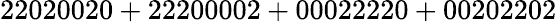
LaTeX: \mathrm{22020020+22200002+00022220+00202202}